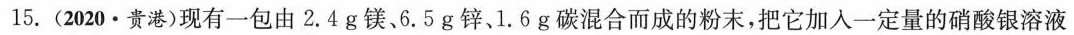
15.(2020.贵港)现有一包由2.4g镁、6.5g锌、1.6g碳混合而成的粉末，把它加入一定量的硝酸银溶液